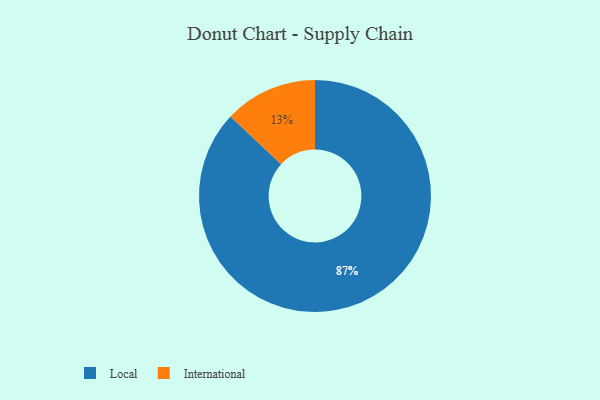
{"axis": {"x": "Category", "y": "Percentage"}, "legend": ["International", "Local"], "data": [{"x": "Local", "y": 87, "type": "Local"}, {"x": "International", "y": 13, "type": "International"}]}